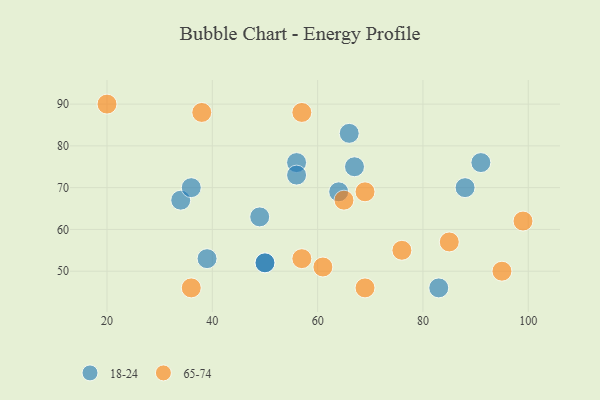
{"axis": {"x": "GDP", "y": "Life Expectancy"}, "legend": ["18-24", "65-74"], "data": [{"x": "91", "y": 76, "type": "18-24"}, {"x": "83", "y": 46, "type": "18-24"}, {"x": "50", "y": 52, "type": "18-24"}, {"x": "39", "y": 53, "type": "18-24"}, {"x": "88", "y": 70, "type": "18-24"}, {"x": "64", "y": 69, "type": "18-24"}, {"x": "50", "y": 52, "type": "18-24"}, {"x": "56", "y": 76, "type": "18-24"}, {"x": "49", "y": 63, "type": "18-24"}, {"x": "66", "y": 83, "type": "18-24"}, {"x": "67", "y": 75, "type": "18-24"}, {"x": "34", "y": 67, "type": "18-24"}, {"x": "36", "y": 70, "type": "18-24"}, {"x": "56", "y": 73, "type": "18-24"}, {"x": "85", "y": 57, "type": "65-74"}, {"x": "61", "y": 51, "type": "65-74"}, {"x": "69", "y": 46, "type": "65-74"}, {"x": "69", "y": 69, "type": "65-74"}, {"x": "36", "y": 46, "type": "65-74"}, {"x": "38", "y": 88, "type": "65-74"}, {"x": "76", "y": 55, "type": "65-74"}, {"x": "99", "y": 62, "type": "65-74"}, {"x": "57", "y": 53, "type": "65-74"}, {"x": "20", "y": 90, "type": "65-74"}, {"x": "95", "y": 50, "type": "65-74"}, {"x": "65", "y": 67, "type": "65-74"}, {"x": "57", "y": 88, "type": "65-74"}]}